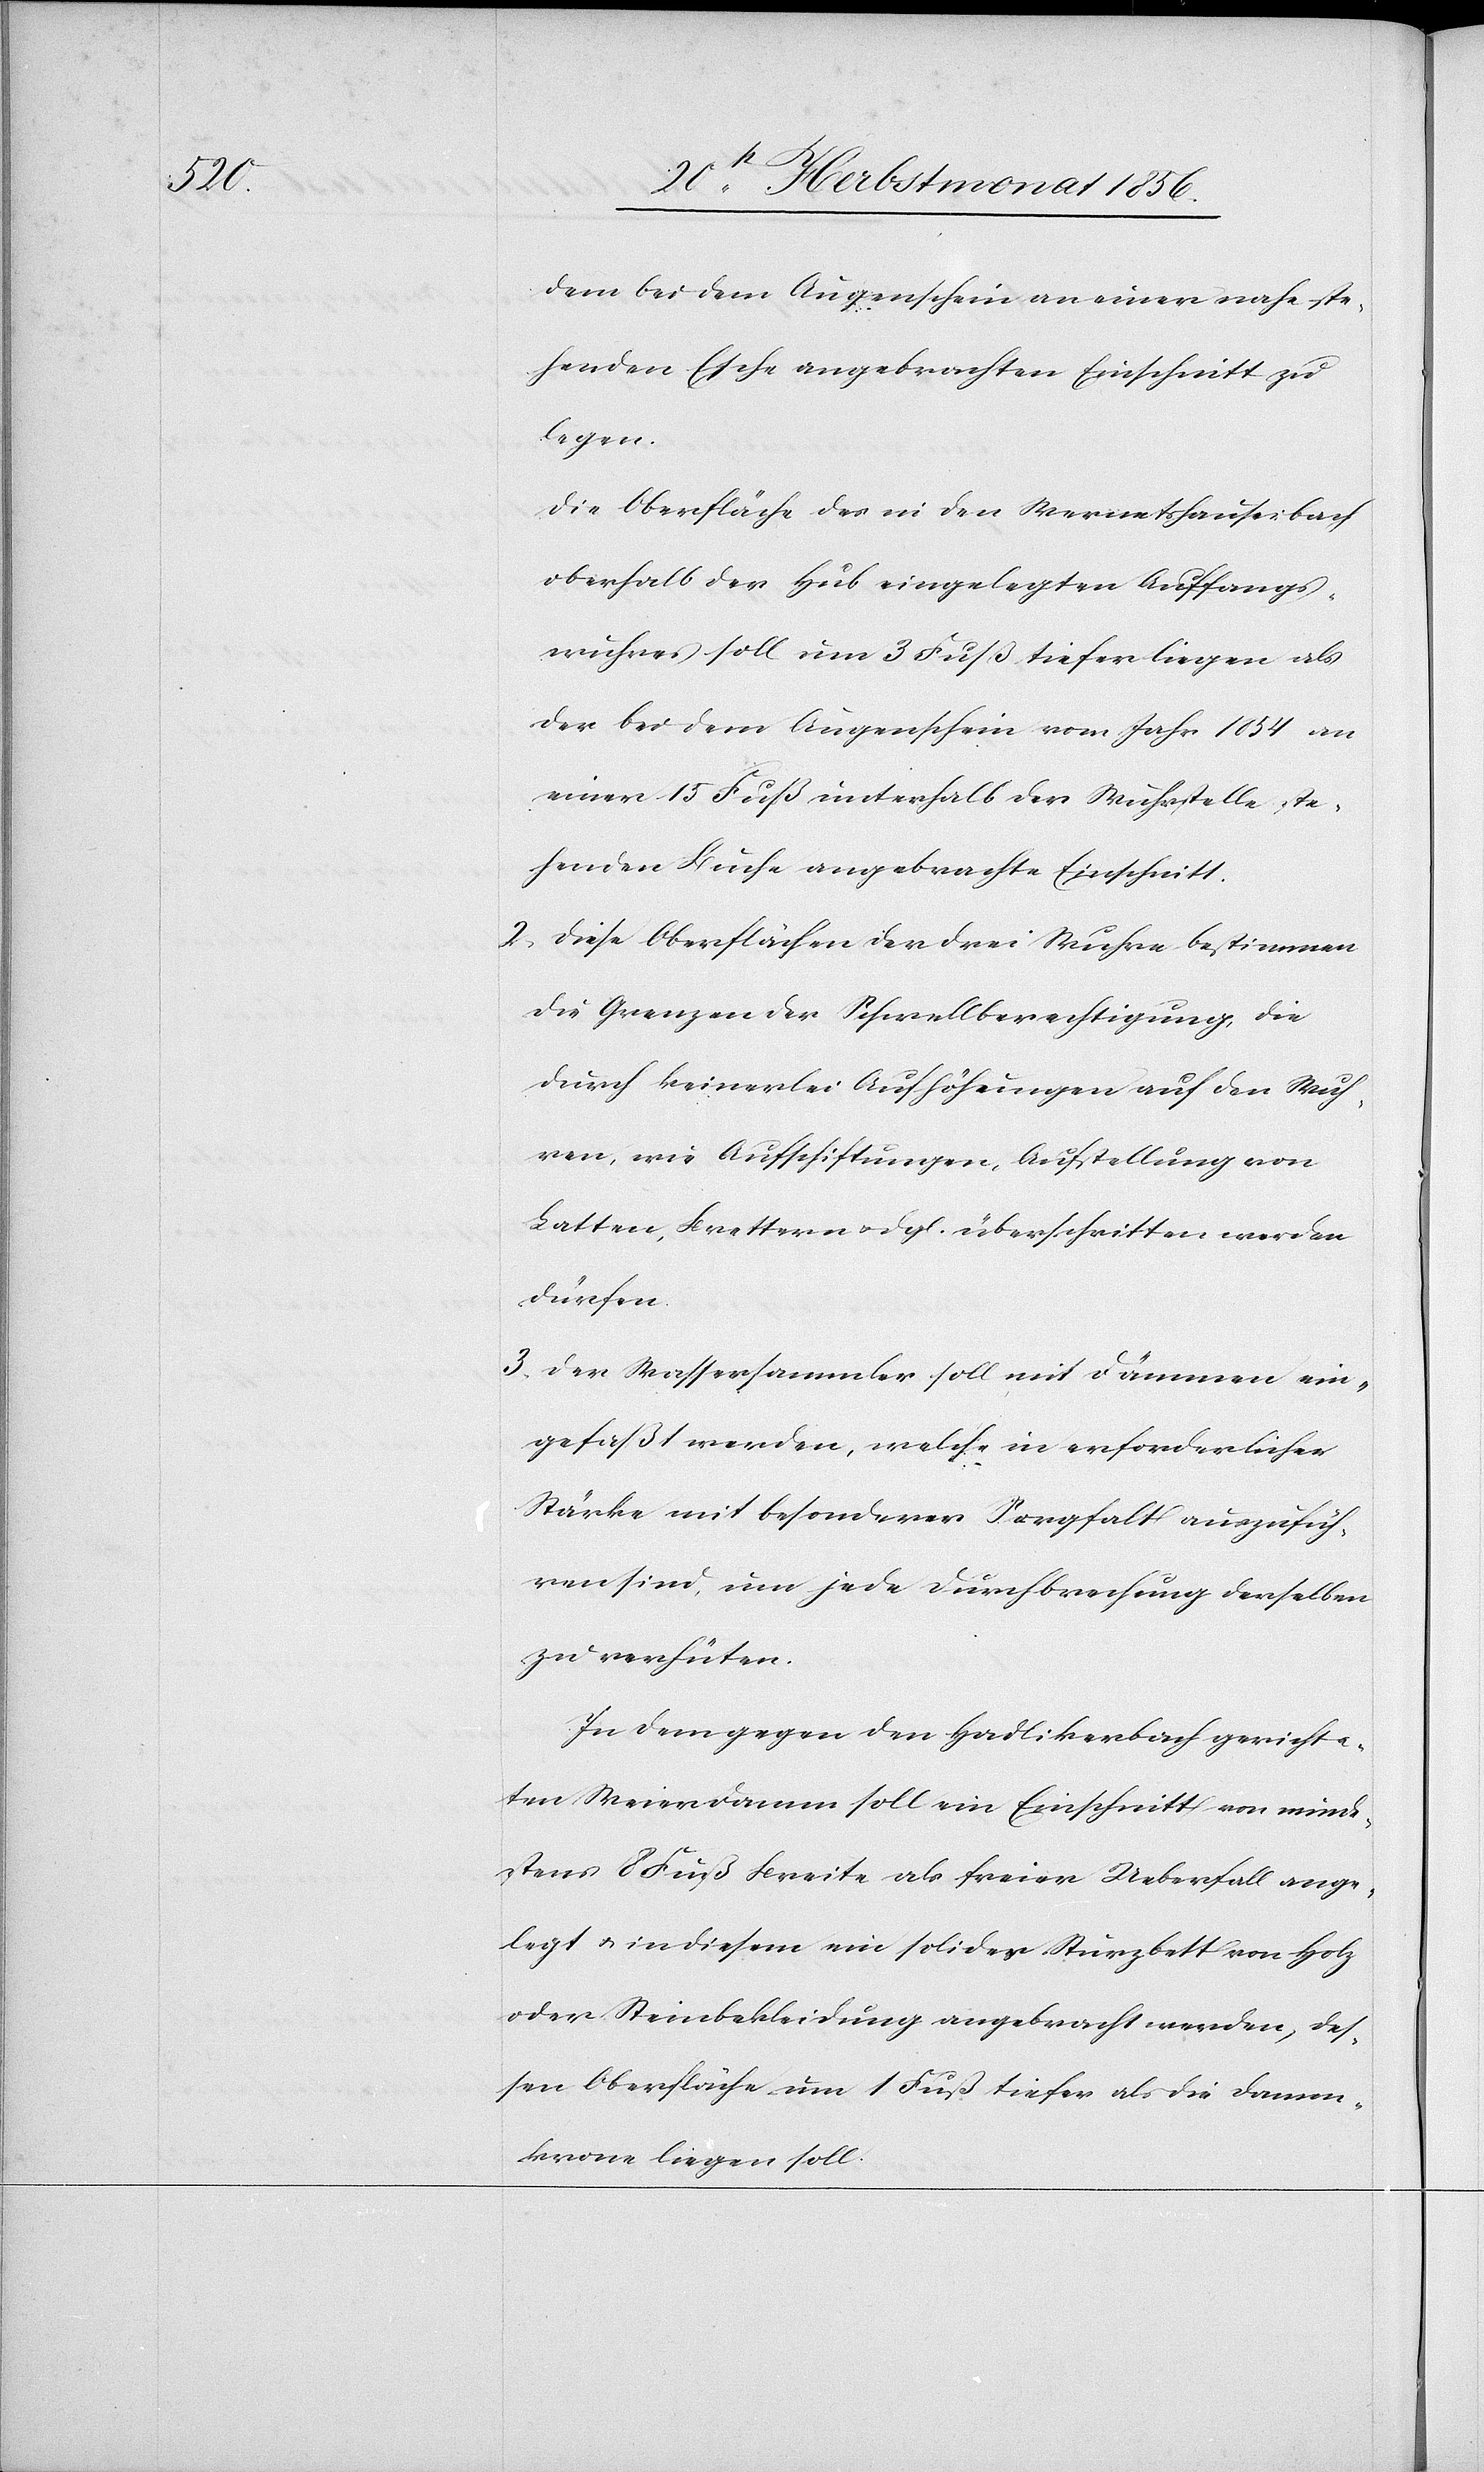
dem bei dem Augenschein an einer nahe ste¬
henden Esche angebrachten Einschnitt zu
legen.
Die Oberfläche des in den Wernetshauserbach
oberhalb der Hub eingelegten Auffangs¬
wuhres soll um 3 Fuß tiefer liegen als
der bei dem Augenschein vom Jahr 1854 an
einer 15 Fuß unterhalb der Wuhrstelle ste¬
henden Buche angebrachte Einschnitt.
2.) Diese Oberflächen der drei Wuhre bestimmen
die Grenzen der Schwellberechtigung, die
durch keinerlei Aufhöhungen auf den Wuh¬
ren, wie Aufschiftungen, Aufstellung von
Latten, Brettern u. dgl. überschritten werden
dürfen.
3.) Der Wassersammler soll mit Dämmen ein¬
gefaßt werden, welche in erforderlicher
Stärke mit besonderer Sorgfalt auszufüh¬
ren sind, um jede Durchbrechung derselben
zu verhüten.
In dem gegen den Hadlikerbach gerichte¬
ten Weierdamm soll ein Einschnitt von minde¬
stens 8 Fuß Breite als freier Ueberfall ange¬
legt u. in diesem ein solides Sturzbett von Holz
oder Steinbekleidung angebracht werden, des¬
sen Oberfläche um 1 Fuß tiefer als die Damm¬
krone liegen soll.